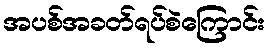
အပစ်အခတ်ရပ်စဲကြောင်း